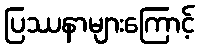
ပြဿနာများကြောင့်